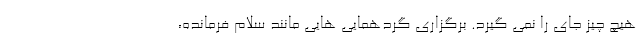
هیچ چیز جای را نمی گیرد. برگزاری گردهمایی هایی مانند سلام فرمانده،